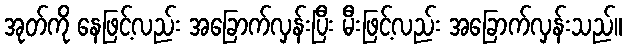
အုတ်ကို နေဖြင့်လည်း အခြောက်လှန်းပြီး မီးဖြင့်လည်း အခြောက်လှန်းသည်။